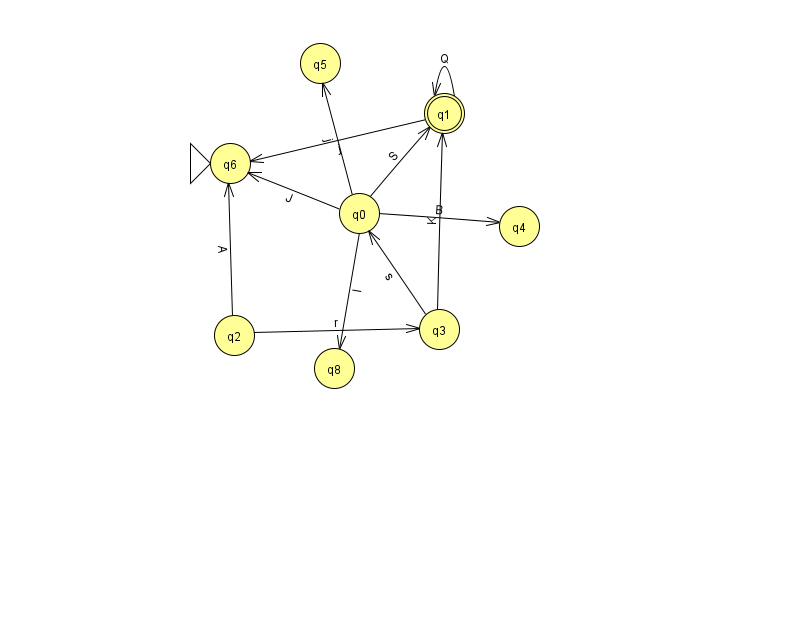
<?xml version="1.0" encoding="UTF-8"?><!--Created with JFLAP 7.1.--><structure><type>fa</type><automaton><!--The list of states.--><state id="0" name="q0"><x>359.0</x><y>200.0</y></state><state id="1" name="q1"><x>444.0</x><y>100.0</y><final/></state><state id="2" name="q2"><x>234.0</x><y>322.0</y></state><state id="3" name="q3"><x>439.0</x><y>316.0</y></state><state id="4" name="q4"><x>519.0</x><y>213.0</y></state><state id="5" name="q5"><x>320.0</x><y>50.0</y></state><state id="6" name="q6"><x>230.0</x><y>150.0</y><initial/></state><state id="8" name="q8"><x>334.0</x><y>355.0</y></state><!--The list of transitions.--><transition><from>1</from><to>1</to><read>Q</read></transition><transition><from>0</from><to>4</to><read>B</read></transition><transition><from>1</from><to>6</to><read>j</read></transition><transition><from>0</from><to>5</to><read>j</read></transition><transition><from>3</from><to>0</to><read>s</read></transition><transition><from>3</from><to>1</to><read>K</read></transition><transition><from>2</from><to>6</to><read>A</read></transition><transition><from>0</from><to>1</to><read>S</read></transition><transition><from>0</from><to>6</to><read>J</read></transition><transition><from>2</from><to>3</to><read>r</read></transition><transition><from>0</from><to>8</to><read>I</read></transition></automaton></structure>